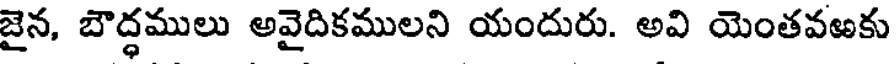
జైన, బౌద్ధములు అవైదికములని యందురు. అవి యెంతవఱకు